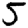
Digit: 5